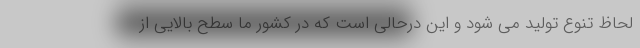
لحاظ تنوع تولید می شود و این درحالی است که در کشور ما سطح بالایی از